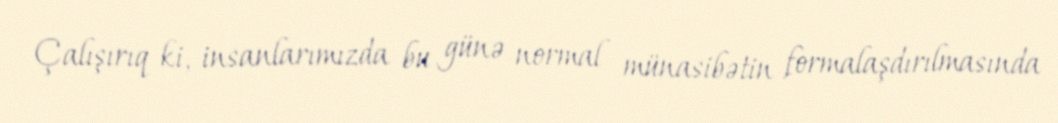
Çalışırıq ki, insanlarımızda bu günə normal münasibətin formalaşdırılmasında